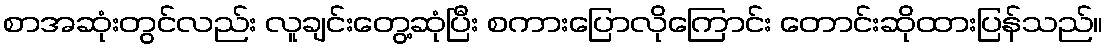
စာအဆုံးတွင်လည်း လူချင်းတွေ့ဆုံပြီး စကားပြောလိုကြောင်း တောင်းဆိုထားပြန်သည်။